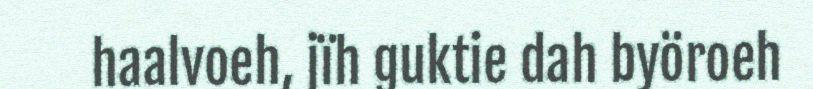
haalvoeh, jïh guktie dah byöroeh